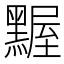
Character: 𪑱